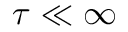
\tau \ll \infty